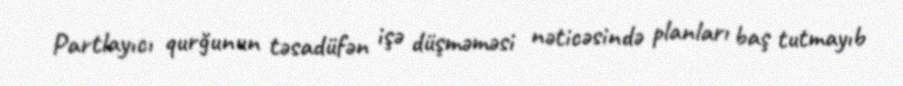
Partlayıcı qurğunun təsadüfən işə düşməməsi nəticəsində planları baş tutmayıb